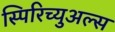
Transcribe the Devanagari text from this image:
स्पिरिच्युअल्स